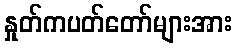
နှုတ်ကပတ်တော်များအား